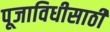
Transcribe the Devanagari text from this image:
पूजाविधीसाठी